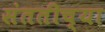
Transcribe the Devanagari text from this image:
संततीच्या